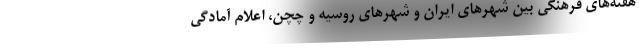
هفته‌های فرهنگی بین شهرهای ایران و شهرهای روسیه و چچن، اعلام آمادگی